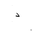
Letter: _dal